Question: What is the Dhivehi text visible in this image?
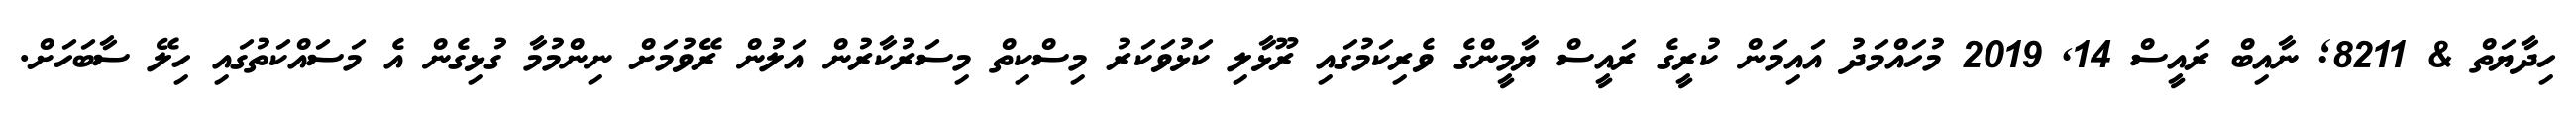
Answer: ހިދާޔަތް & 8211; ނާއިބް ރައީސް 14, 2019 މުހައްމަދު އައިމަން ކުރީގެ ރައީސް ޔާމީންގެ ވެރިކަމުގައި ރޫޅާލި ކަޅުވަކަރު މިސްކިތް މިސަރުކާރުން އަލުން ރޭވުމަށް ނިންމުމާ ގުޅިގެން އެ މަސައްކަތުގައި ހިލޭ ސާބަހަށް.